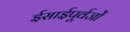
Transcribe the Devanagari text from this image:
ईसाईपूर्वजों